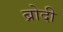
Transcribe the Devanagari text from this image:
ब्रोदी